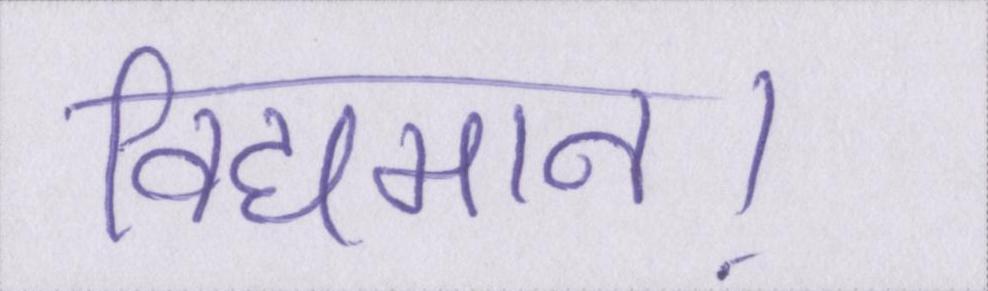
विद्यमान।